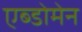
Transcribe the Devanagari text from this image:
एब्डोमेन